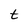
Character: t